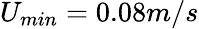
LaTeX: U_{min}=0.08m/s